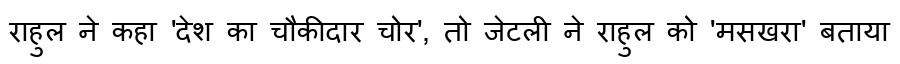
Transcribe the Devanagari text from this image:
राहुल ने कहा 'देश का चौकीदार चोर', तो जेटली ने राहुल को 'मसखरा' बताया